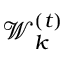
\mathcal { W } _ { k } ^ { ( t ) }